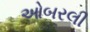
ઓબરલી